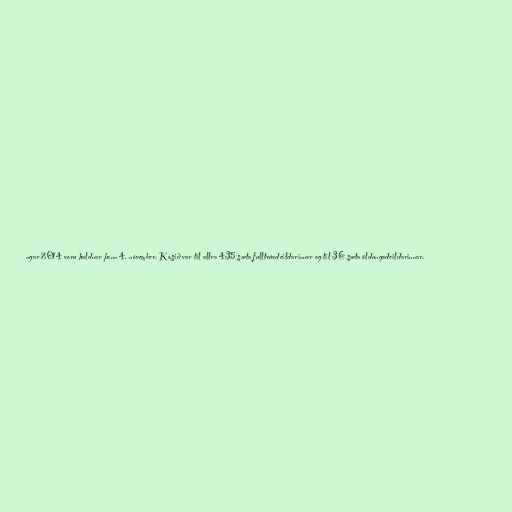
ngar 2014 voru haldnar þann 4. nóvember. Kosið var til allra 435 sæta fulltrúadeildarinnar og til 36 sæta öldungadeildarinnar.